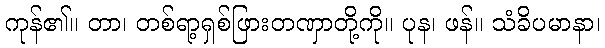
ကုန်၏။ တာ၊ တစ်ရာ့ရှစ်ဖြားတဏှာတို့ကို။ ပုန၊ ဖန်။ သံခိပမာနာ၊